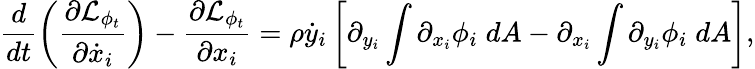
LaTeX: \frac{d}{dt}\left(\frac{\partial\mathcal{L}_{\phi_{t}}}{\partial\dot{x}_{i}}\right)-\frac{\partial\mathcal{L}_{\phi_{t}}}{\partial x_{i}}=\rho\dot{y}_{i}\left[\partial_{y_{i}}\int\partial_{x_{i}}\phi_{i}\; dA-\partial_{x_{i}}\int\partial_{y_{i}}\phi_{i}\; dA\right],